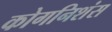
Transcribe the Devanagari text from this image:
कोगनिशंस